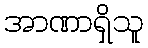
အာဏာရှိသူ